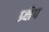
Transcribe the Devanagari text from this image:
प्र्क्षेप